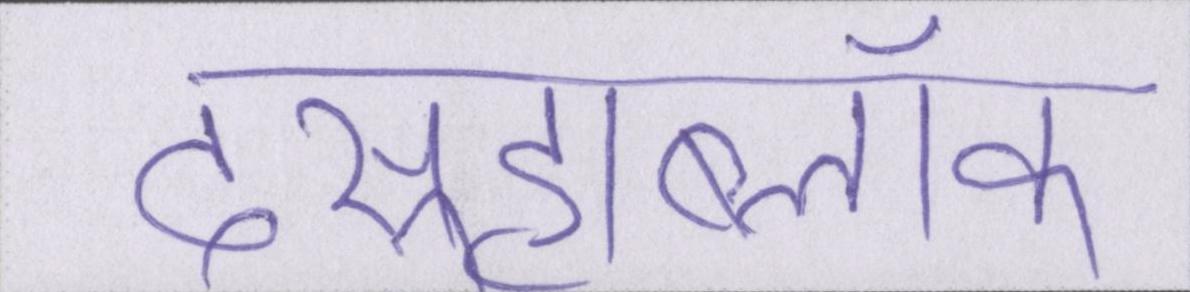
दसूहाब्लॉक